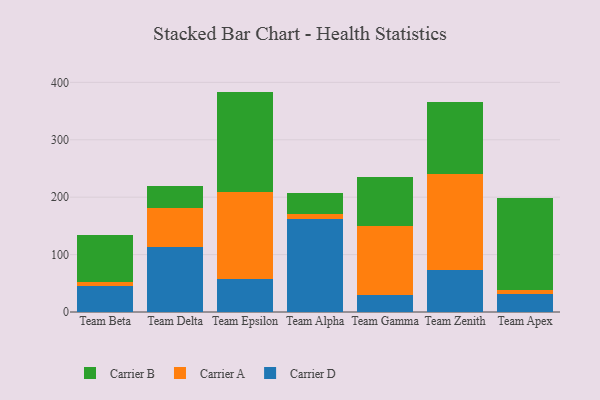
{"axis": {"x": "Team", "y": "Latency (ms)"}, "legend": ["Carrier A", "Carrier B", "Carrier D"], "data": [{"x": "Team Beta", "y": 45.1, "type": "Carrier D"}, {"x": "Team Beta", "y": 7.0, "type": "Carrier A"}, {"x": "Team Beta", "y": 82.0, "type": "Carrier B"}, {"x": "Team Delta", "y": 113.0, "type": "Carrier D"}, {"x": "Team Delta", "y": 69.0, "type": "Carrier A"}, {"x": "Team Delta", "y": 37.1, "type": "Carrier B"}, {"x": "Team Epsilon", "y": 56.9, "type": "Carrier D"}, {"x": "Team Epsilon", "y": 151.6, "type": "Carrier A"}, {"x": "Team Epsilon", "y": 175.4, "type": "Carrier B"}, {"x": "Team Alpha", "y": 162.7, "type": "Carrier D"}, {"x": "Team Alpha", "y": 7.4, "type": "Carrier A"}, {"x": "Team Alpha", "y": 38.0, "type": "Carrier B"}, {"x": "Team Gamma", "y": 29.8, "type": "Carrier D"}, {"x": "Team Gamma", "y": 120.1, "type": "Carrier A"}, {"x": "Team Gamma", "y": 85.3, "type": "Carrier B"}, {"x": "Team Zenith", "y": 73.8, "type": "Carrier D"}, {"x": "Team Zenith", "y": 166.4, "type": "Carrier A"}, {"x": "Team Zenith", "y": 125.9, "type": "Carrier B"}, {"x": "Team Apex", "y": 30.9, "type": "Carrier D"}, {"x": "Team Apex", "y": 7.3, "type": "Carrier A"}, {"x": "Team Apex", "y": 160.6, "type": "Carrier B"}]}